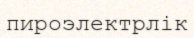
пироэлектрлік